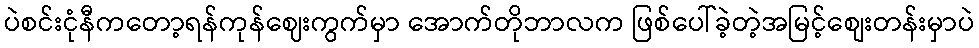
ပဲစင်းငုံနီကတော့ရန်ကုန်ဈေးကွက်မှာ အောက်တိုဘာလက ဖြစ်ပေါ်ခဲ့တဲ့အမြင့်စျေးတန်းမှာပဲ